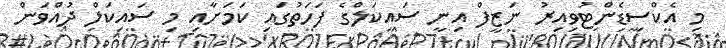
މި އެކްސިޑެންޓުވިއިރު ނަޒީފް އިނީ ސައިކަލްގެ ފަހަތުގައި ކަމަށާއި މި ސައިކަލް ދުއްވަން